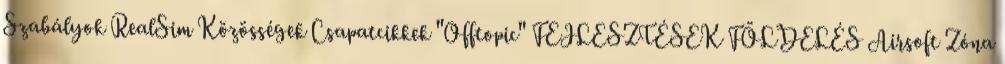
Szabályok RealSim Közösségek Csapatcikkek "Offtopic" FEJLESZTÉSEK FÖLDELÉS Airsoft Zóna